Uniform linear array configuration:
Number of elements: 12
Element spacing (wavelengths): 0.25
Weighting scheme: cosine
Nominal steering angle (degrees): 0
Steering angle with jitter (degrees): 1.639
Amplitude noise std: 0.05
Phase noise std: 0.05

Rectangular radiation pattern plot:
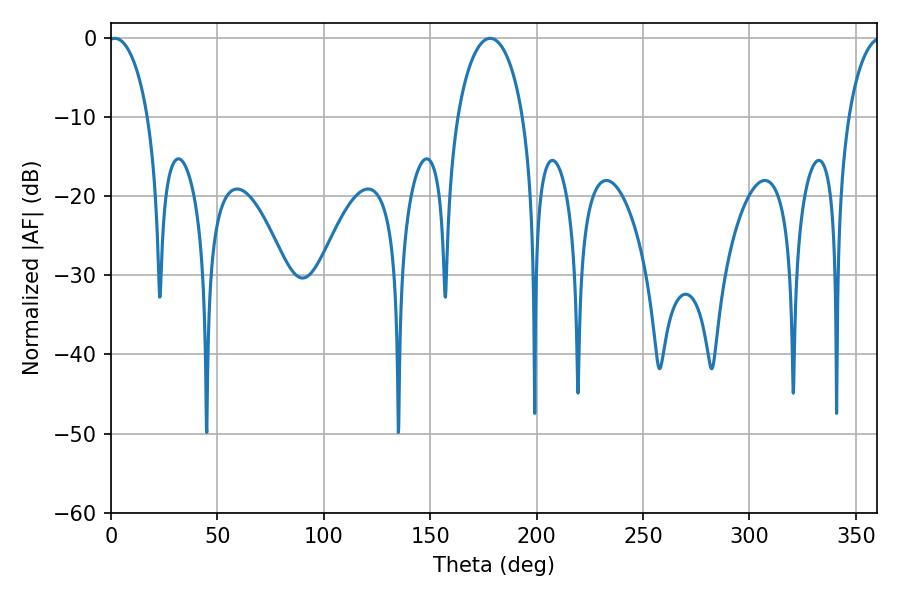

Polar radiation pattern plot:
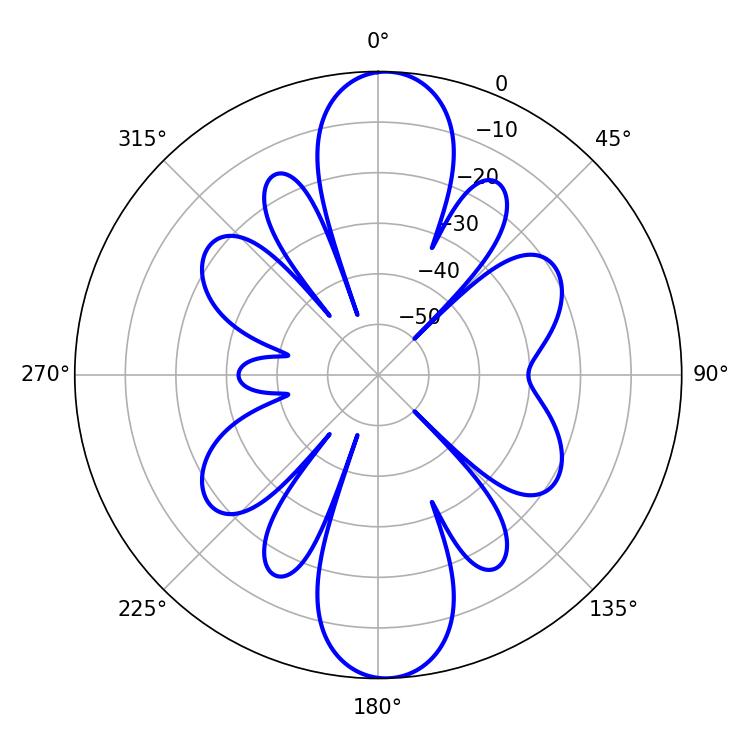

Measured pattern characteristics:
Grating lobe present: FALSE
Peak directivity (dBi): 19.582
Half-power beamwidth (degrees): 10.62
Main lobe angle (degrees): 1.8